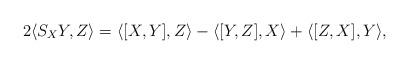
LaTeX: \begin{align*} 2\langle S_{X}Y,Z\rangle = \langle [X,Y],Z\rangle - \langle [Y,Z],X\rangle + \langle [Z,X],Y\rangle, \end{align*}